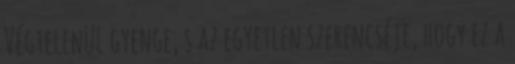
Végtelenül gyenge, s az egyetlen szerencséje, hogy ez a